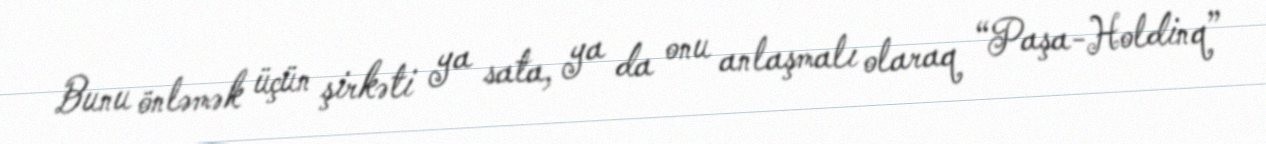
Bunu önləmək üçün şirkəti ya sata, ya da onu anlaşmalı olaraq “Paşa-Holdinq”